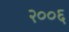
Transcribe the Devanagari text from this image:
२००६